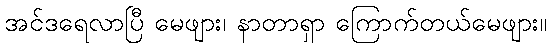
အင်ဒရေလာပြီ မေဖျား၊ နာတာရှာ ကြောက်တယ်မေဖျား။